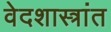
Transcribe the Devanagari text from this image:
वेदशास्त्रांत